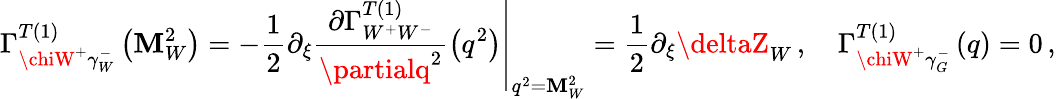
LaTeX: \Gamma_{\chiW^{+}\gamma_{W}^{-}}^{T\left(1\right)}\left(\mathbf{M}_{W}^{2}\right)=-\frac{{1}}{{2}}\partial_{\xi}\left.\frac{{\partial\Gamma_{W^{+}W^{-}}^{T\left(1\right)}}}{{\partialq^{2}}}\left(q^{2}\right)\right|_{q^{2}=\mathbf{M}_{W}^{2}}=\frac{{1}}{{2}}\partial_{\xi}\deltaZ_{W}\, ,\quad\Gamma_{\chiW^{+}\gamma_{G}^{-}}^{T\left(1\right)}\left(q\right)=0\, ,